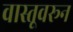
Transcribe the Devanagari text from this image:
वास्तूवरून